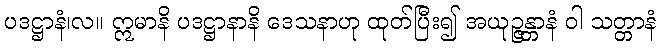
ပဒဋ္ဌာနံ၊လ။ ဣမာနိ ပဒဋ္ဌာနာနိ ဒေသနာဟု ထုတ်ပြီး၍ အယုဉ္ဇန္တာနံ ဝါ သတ္တာနံ